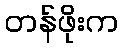
တန်ဖိုးက